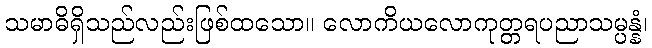
သမာဓိရှိသည်လည်းဖြစ်ထသော။ လောကိယလောကုတ္တရပညာသမ္ပန္နံ၊